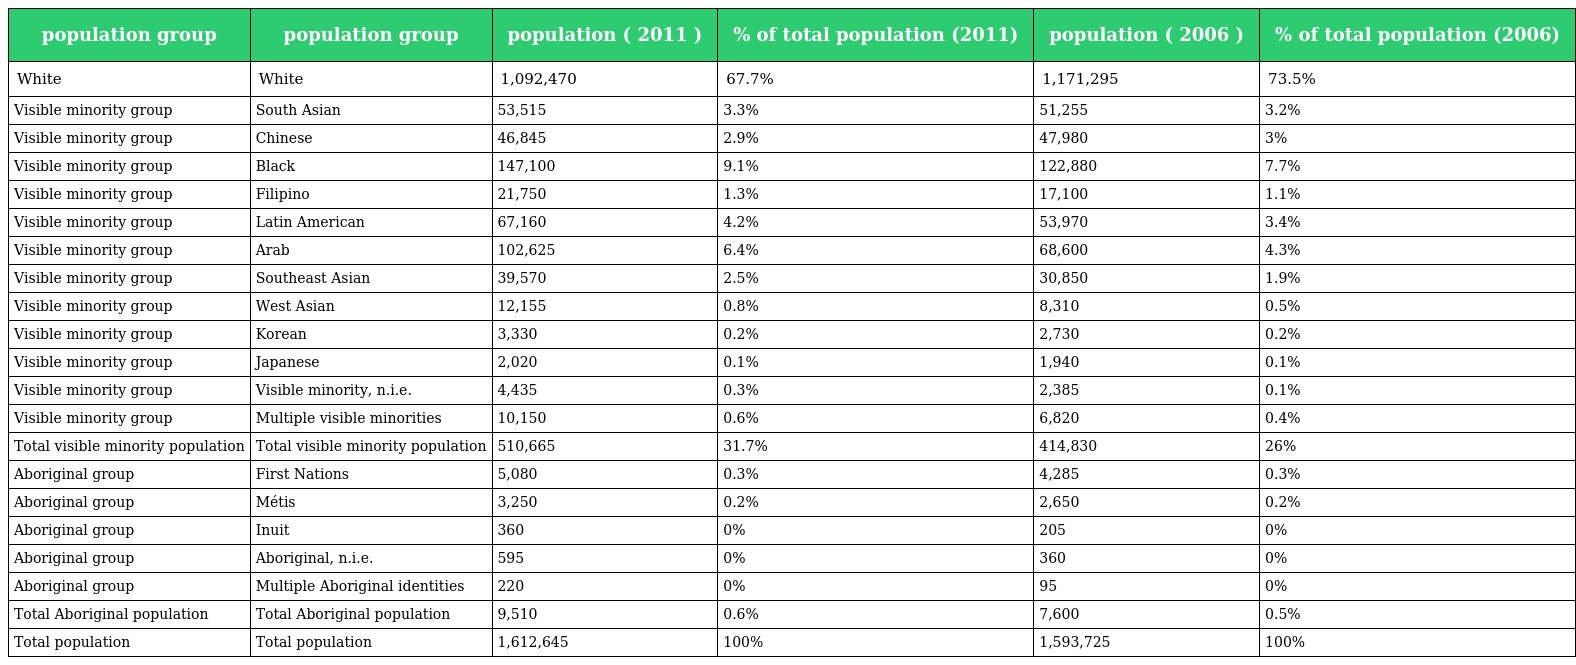
| population group | population group | population ( 2011 ) | % of total population (2011) | population ( 2006 ) | % of total population (2006) |
 | --- | --- | --- | --- | --- | --- |
 | White | White | 1,092,470 | 67.7% | 1,171,295 | 73.5% |
 | Visible minority group | South Asian | 53,515 | 3.3% | 51,255 | 3.2% |
 | Visible minority group | Chinese | 46,845 | 2.9% | 47,980 | 3% |
 | Visible minority group | Black | 147,100 | 9.1% | 122,880 | 7.7% |
 | Visible minority group | Filipino | 21,750 | 1.3% | 17,100 | 1.1% |
 | Visible minority group | Latin American | 67,160 | 4.2% | 53,970 | 3.4% |
 | Visible minority group | Arab | 102,625 | 6.4% | 68,600 | 4.3% |
 | Visible minority group | Southeast Asian | 39,570 | 2.5% | 30,850 | 1.9% |
 | Visible minority group | West Asian | 12,155 | 0.8% | 8,310 | 0.5% |
 | Visible minority group | Korean | 3,330 | 0.2% | 2,730 | 0.2% |
 | Visible minority group | Japanese | 2,020 | 0.1% | 1,940 | 0.1% |
 | Visible minority group | Visible minority, n.i.e. | 4,435 | 0.3% | 2,385 | 0.1% |
 | Visible minority group | Multiple visible minorities | 10,150 | 0.6% | 6,820 | 0.4% |
 | Total visible minority population | Total visible minority population | 510,665 | 31.7% | 414,830 | 26% |
 | Aboriginal group | First Nations | 5,080 | 0.3% | 4,285 | 0.3% |
 | Aboriginal group | Métis | 3,250 | 0.2% | 2,650 | 0.2% |
 | Aboriginal group | Inuit | 360 | 0% | 205 | 0% |
 | Aboriginal group | Aboriginal, n.i.e. | 595 | 0% | 360 | 0% |
 | Aboriginal group | Multiple Aboriginal identities | 220 | 0% | 95 | 0% |
 | Total Aboriginal population | Total Aboriginal population | 9,510 | 0.6% | 7,600 | 0.5% |
 | Total population | Total population | 1,612,645 | 100% | 1,593,725 | 100% |